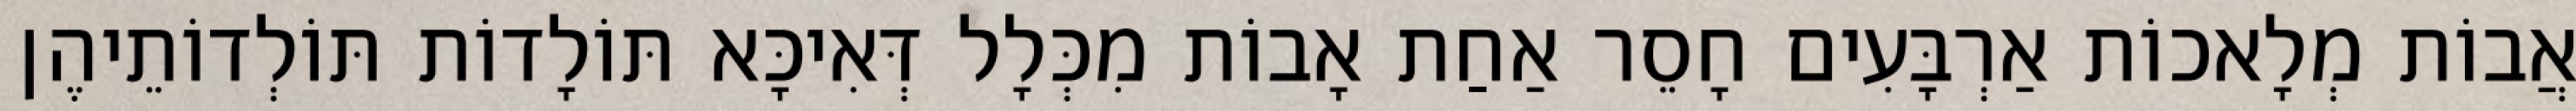
אֲבוֹת מְלָאכוֹת אַרְבָּעִים חָסֵר אַחַת אָבוֹת מִכְּלָל דְּאִיכָּא תּוֹלָדוֹת תּוֹלְדוֹתֵיהֶן